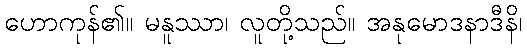
ဟောကုန်၏။ မနူဿာ၊ လူတို့သည်။ အနုမောဒနာဒီနိ၊